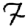
Digit: 7